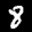
Label: 8